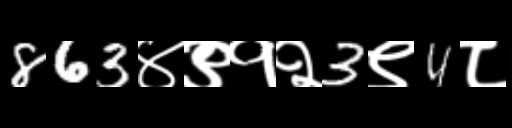
Text: 863४९१२3९4८